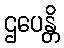
ဌပေန္တိ